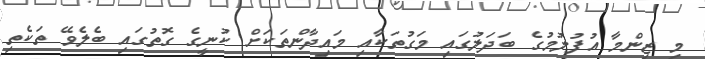
މި ޒިންމާ އުފުލުމުގެ ބަދަލުގައި މަގުތަކާއި މައިދާންތަކަށް ކުނީގެ ގޮތުގައި ބެލެވޭ ތަކެތި